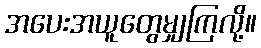
အပေးအယူတွေမျှကြလို့။